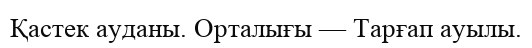
Қастек ауданы. Орталығы — Тарғап ауылы.